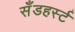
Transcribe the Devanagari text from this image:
सॅँडहर्स्ट